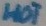
Text: HOT